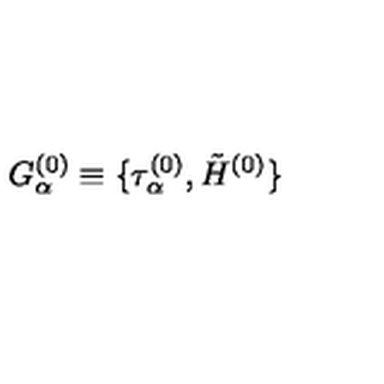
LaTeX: G _ { \alpha } ^ { ( 0 ) } \equiv \{ \tau _ { \alpha } ^ { ( 0 ) } , \tilde { H } ^ { ( 0 ) } \} \nonumber